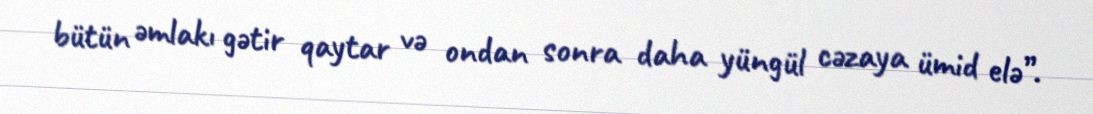
bütün əmlakı gətir qaytar və ondan sonra daha yüngül cəzaya ümid elə”.